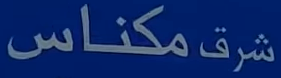
شرقمكناس